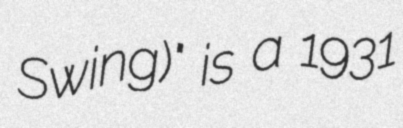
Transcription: Swing)" is a 1931